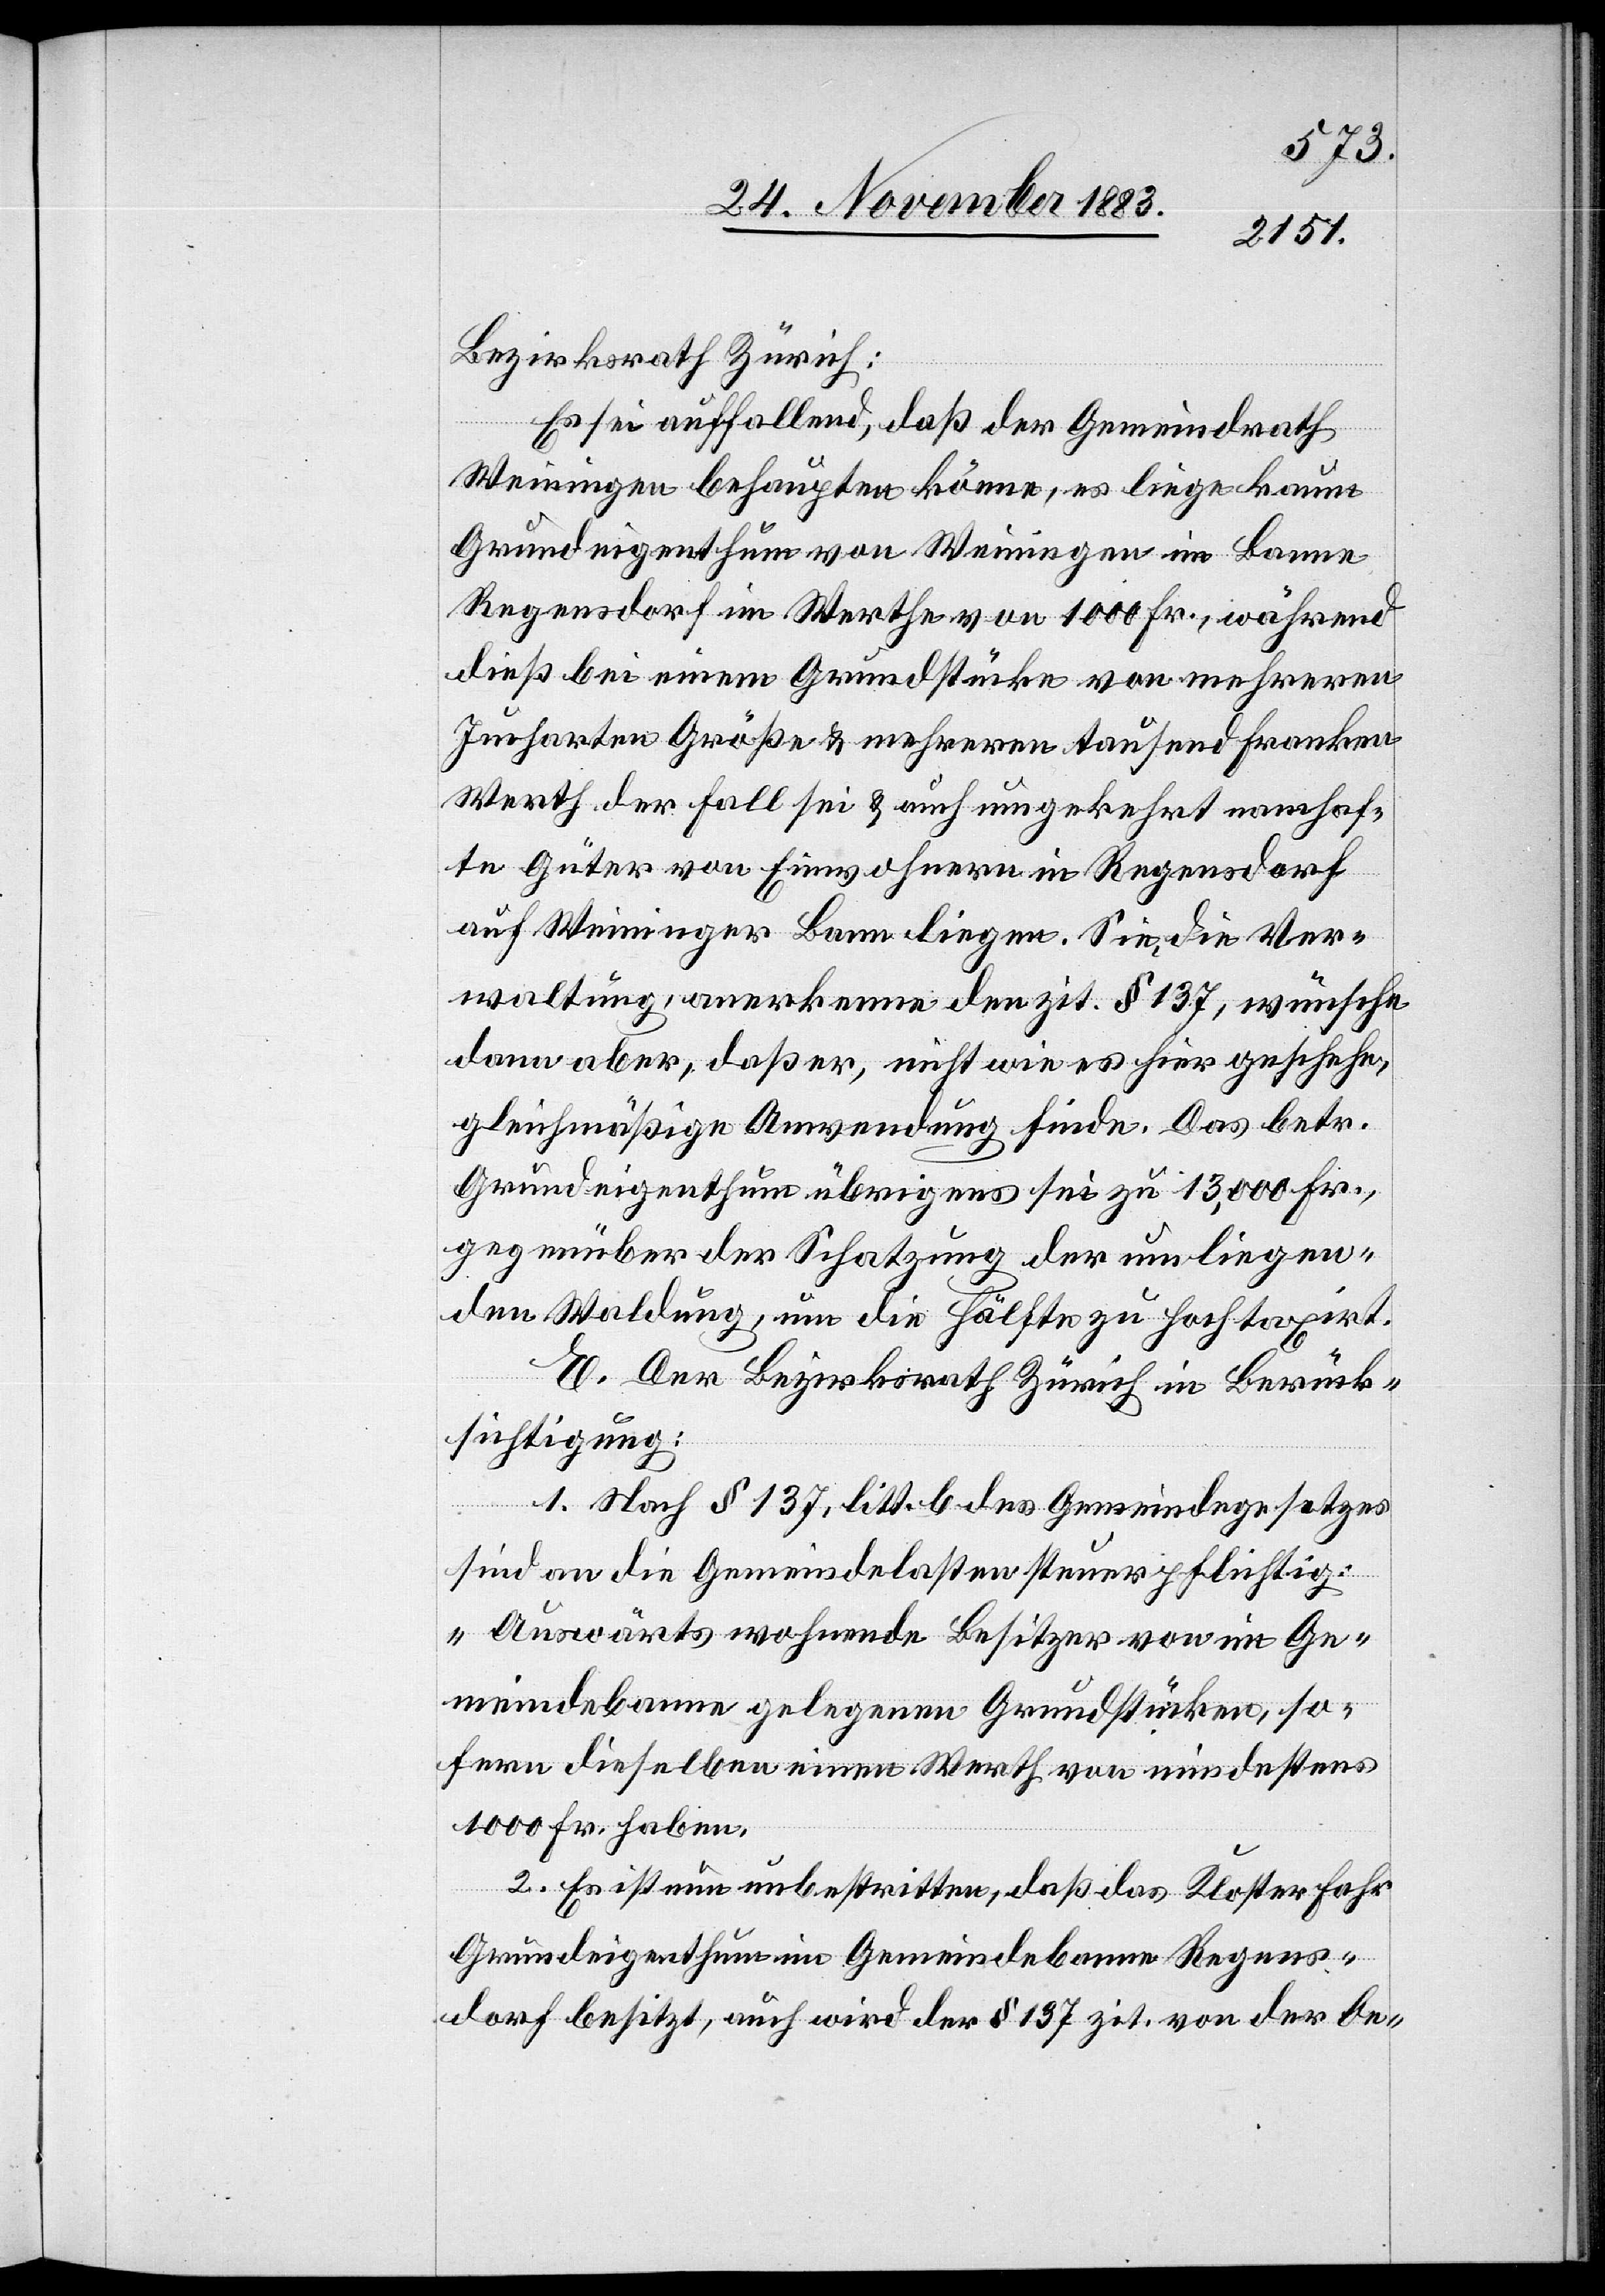
Bezirksrath Zürich:
Es sei auffallend, daß der Gemeindrath
Weiningen behaupten könne, es liege kaum
Grundeigenthum von Weiningen im Banne
Regensdorf im Werthe von 1000 Fr., während
dieß bei einem Grundstücke von mehreren
Jucharten Größe & mehreren tausend Franken
Werth der Fall sei & auch umgekehrt namhaf¬
te Güter von Einwohnern in Regensdorf
auf Weininger Bann liegen. Sie die Ver¬
waltung anerkenne den zit. § 137, wünsche
dann aber, daß er, nicht wie es hier geschehe,
gleichmäßige Anwendung finde. Das betr.
Grundeigenthum übrigens sei zu 13,000 Fr.,
gegenüber der Schatzung der umliegen¬
den Waldung, um die Hälfte zu hoch taxirt.
E. Der Bezirksrath Zürich in Berück¬
sichtigung:
1. Nach § 137, litt. b des Gemeindegesetzes
sind an die Gemeindelasten steuerpflichtig:
„Auswärts wohnende Besitzer von im Ge¬
meindebanne gelegenen Grundstücken, so¬
fern dieselben einen Werth von mindestens
1000 Fr. haben.
2. Es ist nun unbestritten, daß das Kloster Fahr
Grundeigenthum im Gemeindebanne Regens¬
dorf besitzt, auch wird der § 137 zit. von der Oe-